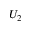
U _ { 2 }